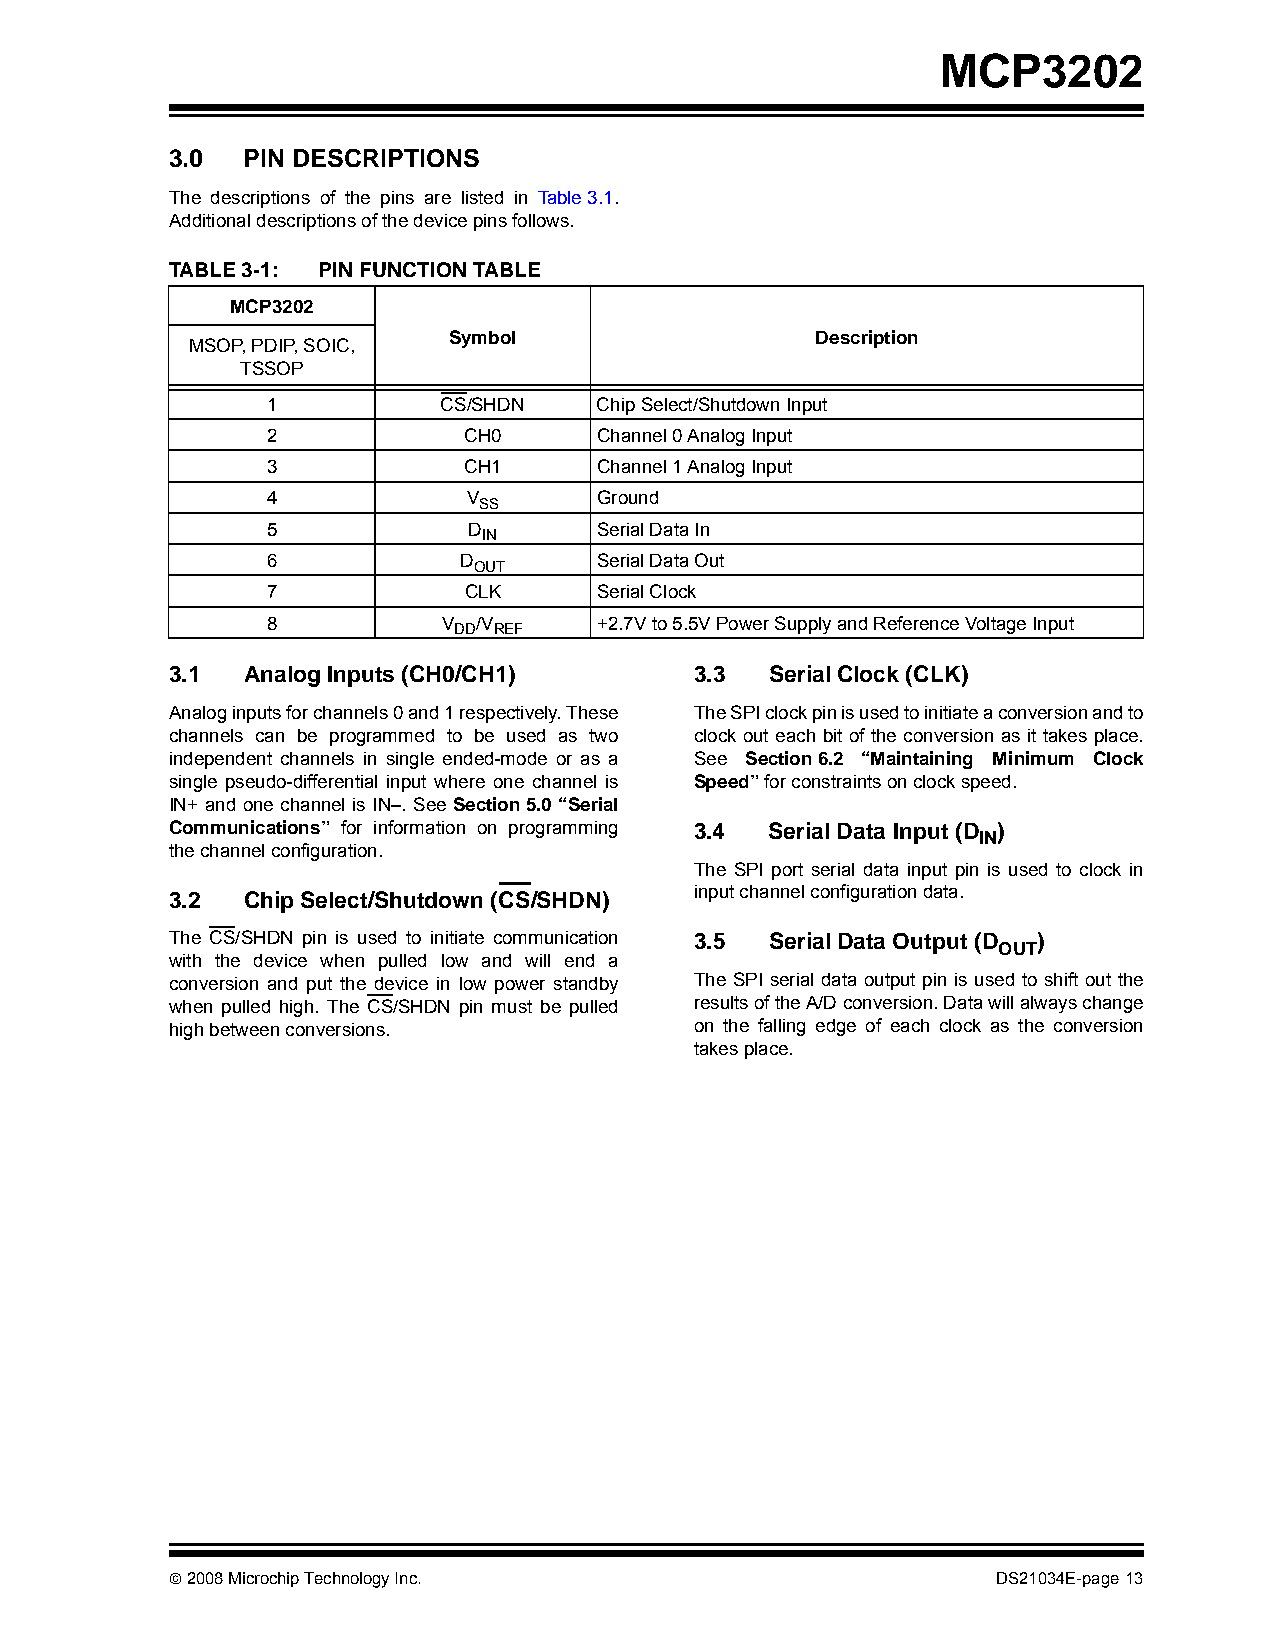
MCP3202
 3.0  PIN DESCRIPTIONS
 The descriptions of the pins are listed in Table3.1.
 Additional descriptions of the device pins follows.
 TABLE 3-1: PIN FUNCTION TABLE
 MCP3202
 Symbol                  Description
 MSOP, PDIP, SOIC,
 TSSOP
 1          CS/SHDN    Chip Select/Shutdown Input
 2            CH0      Channel 0 Analog Input
 3            CH1      Channel 1 Analog Input
 4            V        Ground
 SS
 5            D        Serial Data In
 IN
 6           D         Serial Data Out
 OUT
 7            CLK      Serial Clock
 8          V  /V      +2.7V to 5.5V Power Supply and Reference Voltage Input
 DD REF
 3.1  Analog Inputs (CH0/CH1)       3.3  Serial Clock (CLK)
 Analog inputs for channels 0 and 1 respectively. These The SPI clock pin is used to initiate a conversion and to
 channels can be programmed to be used as two clock out each bit of the conversion as it takes place.
 independent channels in single ended-mode or as a See Section6.2 “Maintaining Minimum Clock
 single pseudo-differential input where one channel is Speed” for constraints on clock speed.
 IN+ and one channel is IN–. See Section5.0 “Serial
 Communications” for information on programming 3.4 Serial Data Input (D )
 IN
 the channel configuration.
 The SPI port serial data input pin is used to clock in
 3.2  Chip Select/Shutdown (CS/SHDN) input channel configuration data.
 The CS/SHDN pin is used to initiate communication 3.5 Serial Data Output (D )
 OUT
 with the device when pulled low and will end a
 conversion and put the device in low power standby The SPI serial data output pin is used to shift out the
 when pulled high. The CS/SHDN pin must be pulled results of the A/D conversion. Data will always change
 high between conversions.          on the falling edge of each clock as the conversion
 takes place.
 © 2008 Microchip Technology Inc.                       DS21034E-page 13